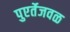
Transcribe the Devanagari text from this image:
पुएर्तेजवळ